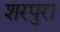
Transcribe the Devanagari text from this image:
शरपुरा